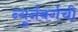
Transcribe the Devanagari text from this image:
न्युर्नबर्गची